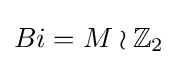
Bi=M\wr \mathbb {Z} _{2}